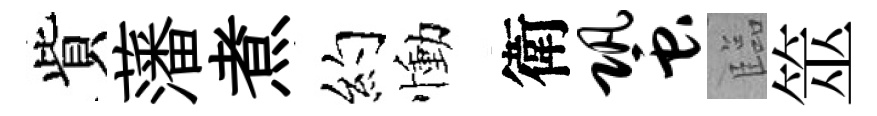
貲藩煮约慟衛蛩臨筮